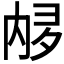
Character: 𫤩